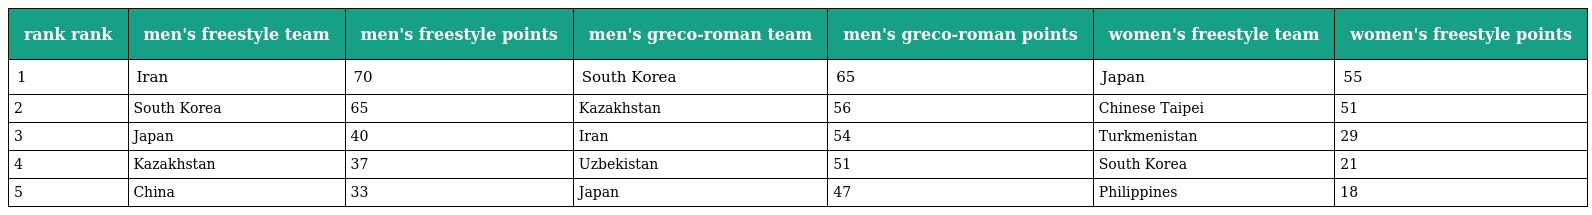
| rank rank | men's freestyle team | men's freestyle points | men's greco-roman team | men's greco-roman points | women's freestyle team | women's freestyle points |
 | --- | --- | --- | --- | --- | --- | --- |
 | 1 | Iran | 70 | South Korea | 65 | Japan | 55 |
 | 2 | South Korea | 65 | Kazakhstan | 56 | Chinese Taipei | 51 |
 | 3 | Japan | 40 | Iran | 54 | Turkmenistan | 29 |
 | 4 | Kazakhstan | 37 | Uzbekistan | 51 | South Korea | 21 |
 | 5 | China | 33 | Japan | 47 | Philippines | 18 |